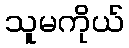
သူမကိုယ်